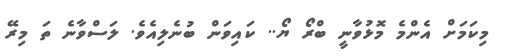
މިކަމަށް އެންމެ މޮޅުވާނީ ބްރޯ ޔޯ.. ކައިވަން ބުނެލިއެވެ. ލަސްވާނެ ތަ މިރޭ